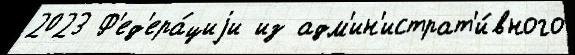
2023 Ф'ед'ера́циjи из адм'ин'истрат'и́вного